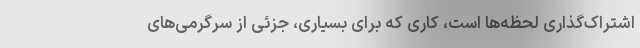
اشتراک‌گذاری لحظه‌ها است، کاری که برای بسیاری، جزئی از سرگرمی‌های